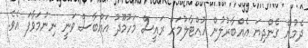
ދެމުން ގެންދިޔަ އެއްބާރުލުން ހުއްޓާލުމަށް ރައީސް މަހުމޫދު އައްބާސް ވަނީ ނިންމަވާފަ އެވެ.